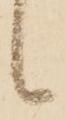
候